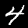
Label: 4